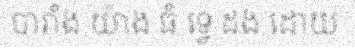
បារាំង យ៉ាង ធំ ទ្វេ ដង ដោយ